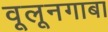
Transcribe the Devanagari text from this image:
वूलूनगाबा